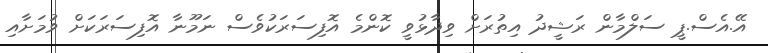
އޭ.އެސް.ޕީ ސަލްމާން ރަޝީދު އިތުރަށް ވިދާޅުވީ ކޮންމެ އޮފިސަރަކުވެސް ނަމޫނާ އޮފިސަރަކަށް ވުމަށާއި